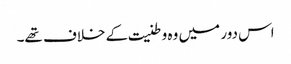
اس دور میں وہ وطنیت کے خلاف تھے۔